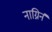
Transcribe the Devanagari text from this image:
नाग्निर्न